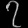
Digit: ၇